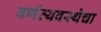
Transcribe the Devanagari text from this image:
वर्णव्यवस्थेचा